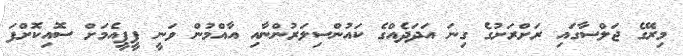
މިރޭގެ ޖަލްސާގައި ރަށްރަށުގެ ގިނަ އަދަދެއްގެ ކައުންސިލަރުންނާއި އާއްމުން ވަނީ ޕީޕީއެމަށް ސޮއިކޮށްފަ